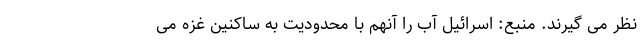
نظر می گیرند. منبع: اسرائیل آب را آنهم با محدودیت به ساکنین غزه می